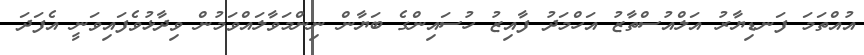
އުއްތަމަ ފަނޑިޔާރު އަލްއުސްތާޒު އަހްމަދު ފާއިޒު ހުސައިންގެ ބަޔާން ނިންމަވާލައްވަމުން ވިދާޅުވެފައިވަނީ އެފަދަ